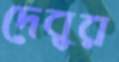
দেবুর